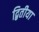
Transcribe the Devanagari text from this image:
द्बितीया